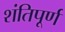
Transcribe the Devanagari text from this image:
शंतिपूर्ण